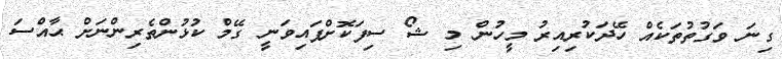
ގިނަ ވަގުތުތަކެއް ހޭދަކުރިއިރު މީހުން މި ޝޯ ސިފަކޮށްފައިވަނީ ގޭމް ކުޅުންތެރިންނަށް ޙާއްސަ